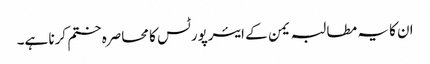
ان کا یہ مطالبہ یمن کے ایئرپورٹس کا محاصرہ ختم کرنا ہے۔